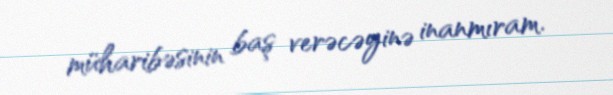
müharibəsinin baş verəcəyinə inanmıram.